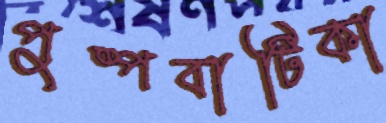
পুষ্পবাটিকা